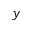
y